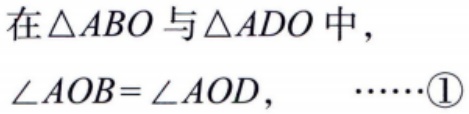
在\(\triangle ABO\)与\(\triangle ADO\)中，

\(\angle AOB = \angle AOD\)，  \(\cdots\cdots\textcircled{1}\)